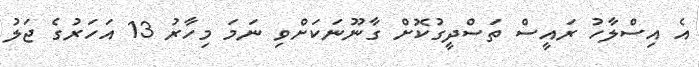
އެ އިސްލާހު ރައީސް ތަސްދީގުކޮށް ގާނޫނަކަށްވި ނަމަ މިހާރު 13 އަހަރުގެ ޖަލު